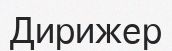
Дирижер